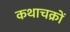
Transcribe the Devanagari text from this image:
कथाचक्रों